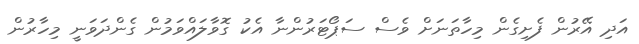
އަދި އޭރުން ފެށިގެން މިހާތަނަށް ވެސް ސަޕޯޓަރުންނާ އެކު ގޮވާލައްވަމުން ގެންދަވަނީ މިހާރުން